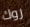
روك